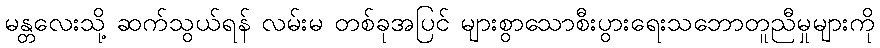
မန္တလေးသို့ ဆက်သွယ်ရန် လမ်းမ တစ်ခုအပြင် များစွာသောစီးပွားရေးသဘောတူညီမှုများကို